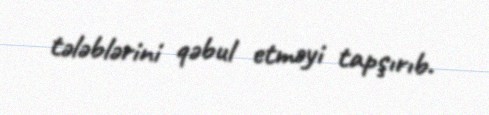
tələblərini qəbul etməyi tapşırıb.